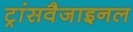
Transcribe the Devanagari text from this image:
ट्रांसवैजाइनल